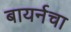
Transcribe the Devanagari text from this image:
बायर्नचा